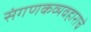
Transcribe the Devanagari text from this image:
संगणकव्यवहाराचे